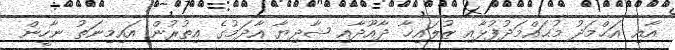
އާއި އަޙްމަދު މުޙައްމަދުފުޅާއި ޒުލައިޚާ ދާއޫދާއި ޝާދިޔާ އާދަމުގެ އިތުރުން އައިމިނަތު ނާހީން